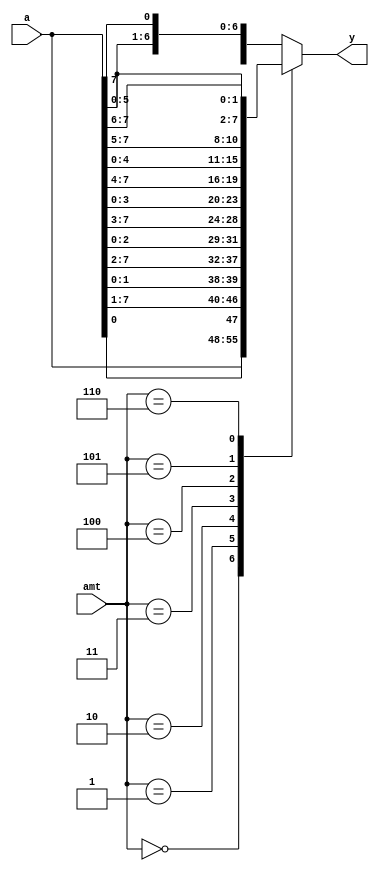
module barrel_shifter
	(
		input wire [7:0] a,
		input wire [2:0] amt,
		output reg [7:0] y
	);

	// Body
	always @*
		case (amt)
			3'o0: y = a;
			3'o1: y = {a[0], a[7:1]};
			3'o2: y = {a[1:0], a[7:2]};
			3'o3: y = {a[2:0], a[7:3]};
			3'o4: y = {a[3:0], a[7:4]};
			3'o5: y = {a[4:0], a[7:5]};
			3'o6: y = {a[5:0], a[7:6]};
			default: y = {a[6:0], a[7]};
		endcase
	
endmodule